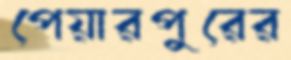
পেয়ারপুরের